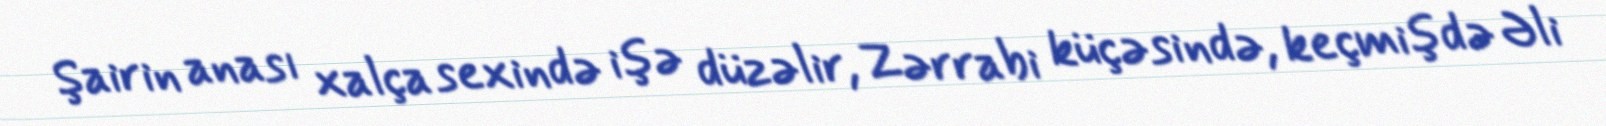
Şairin anası xalça sexində işə düzəlir, Zərrabi küçəsində, keçmişdə Əli